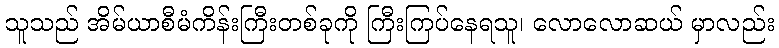
သူသည် အိမ်ယာစီမံကိန်းကြီးတစ်ခုကို ကြီးကြပ်နေရသူ၊ လောလောဆယ် မှာလည်း